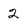
Character: 2